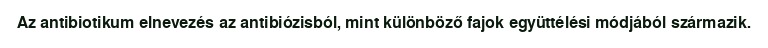
Az antibiotikum elnevezés az antibiózisból, mint különböző fajok együttélési módjából származik.